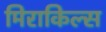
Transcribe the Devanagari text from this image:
मिराकिल्स